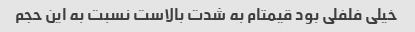
خیلی فلفلی بود قیمتام به شدت بالاست نسبت به این حجم